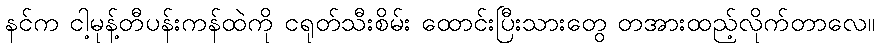
နင်က ငါ့မုန့်တီပန်းကန်ထဲကို ငရုတ်သီးစိမ်း ထောင်းပြီးသားတွေ တအားထည့်လိုက်တာလေ။